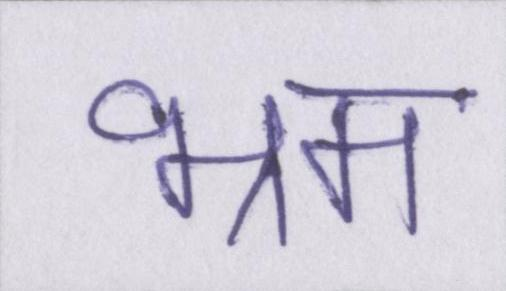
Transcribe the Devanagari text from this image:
भ्रम